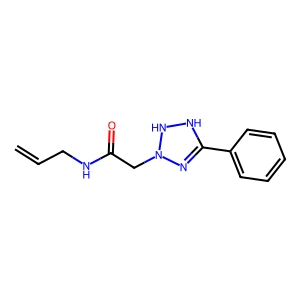
SMILES: C=CCNC(=O)CN1N=C(c2ccccc2)NN1
Inhibits HIV replication: No